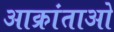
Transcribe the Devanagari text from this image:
आक्रांताओ